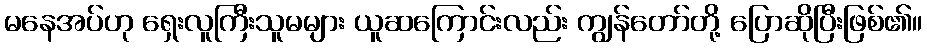
မနေအပ်ဟု ရှေးလူကြီးသူမများ ယူဆကြောင်းလည်း ကျွန်တော်တို့ ပြောဆိုပြီးဖြစ်၏။